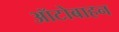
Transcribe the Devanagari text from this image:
ऑटोबाहन